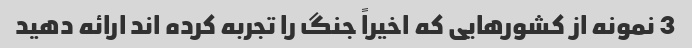
3 نمونه از کشورهایی که اخیراً جنگ را تجربه کرده اند ارائه دهید